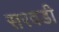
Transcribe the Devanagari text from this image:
सरवडी